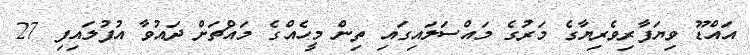
އައްޑޫ ވިޔަފާރިވެރިޔާގެ މަރުގެ މައްސަލައިގައި ތިން މީހެއްގެ މައްޗަށް ދައުވާ އުފުލައިފި 27